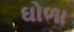
ઘોળા